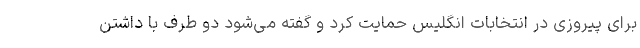
برای پیروزی در انتخابات انگلیس حمایت کرد و گفته می‌شود دو طرف با داشتن